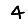
Digit: 4